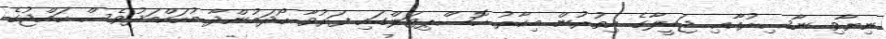
ނިޔާވި ނާސިރުއާޢި ޖަމީލާގެ އިތުރުން މިހާރު ހޮސްޕިޓަލްގައި ފަރުވާ ހޯދަމުންދާ މުހައްމަދުވެސް ހައްޖުގެ